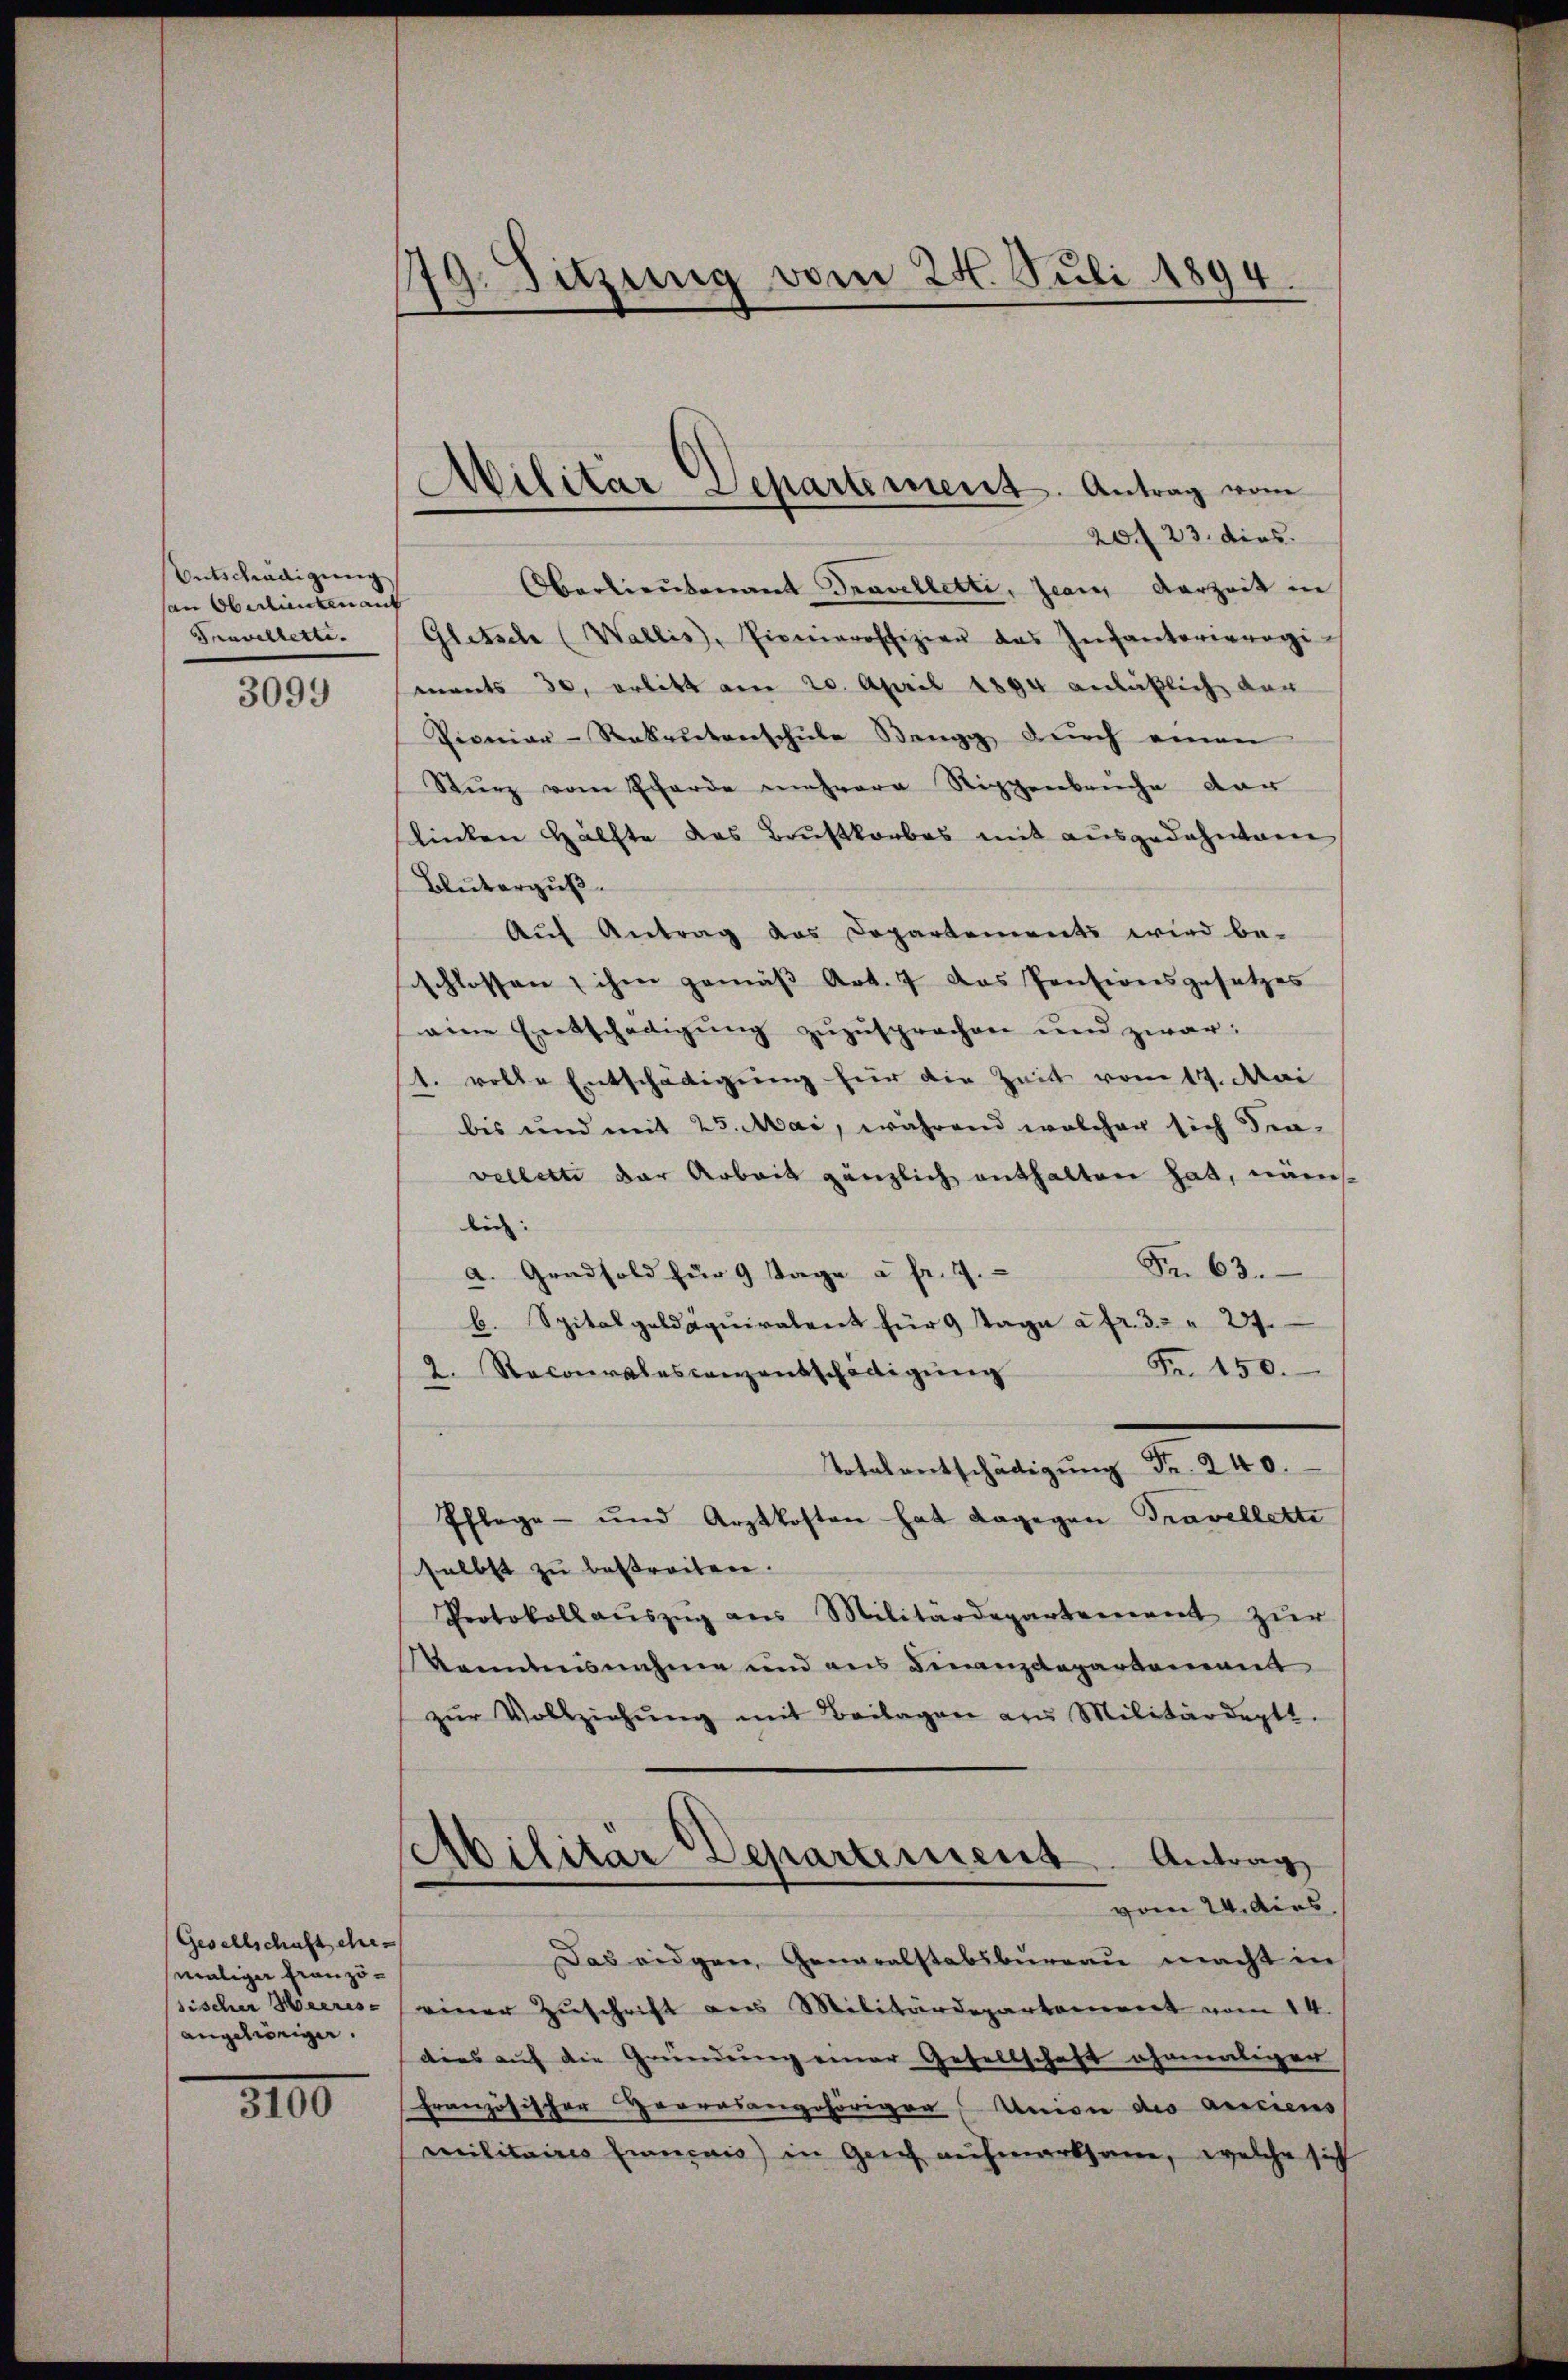
Entschädigung,
an Oberlautenant
Pravelletti.
3099

Gesellschaft eher
maliger Französischer Meeres-
angehiniger.

3100

179. Sitzung vom 24. Juli 1894.

Militar Separtement. Antrag vom
20 f 23. dies

Oberlieutenant Travelletti, Jean Verzeit in
Gletsche (Wallis, Pionieroffizier das Infanterienagi
ments 30. erlitt am 20. April 1894 anläßlich dar
Pioniar-Rabentenschŭle Bangg dŭrch einen
Sturz vom Scharde mehrere Sippenbruche der
linken Hälfte des Brustkorbas mit ausgedehnten
Bluterguß.
Auf Antrag das Departements wird be-
schlossen, ihm gemäß Art. 7 das Pensionsgesetzes
eine Entschädigung zuzusprochen und zwar:
1. volle Entschädigung für die Zeit vom 17. Mai
bis und mit 25. Mai, während welcher sich den-
velletti der Arbeit gänzlich enthalten hat, näm
lich:
Fr. 63.
a. Gradsold für 9 Tage à fr. 9.
b. Spitalgeldäqŭiratent für 9 Tage à fr. 3. " 2
Fr. 150.
2. Recoralescanzentschädigŭng
Totalentschädigŭng Fr. 240.
Pflege und Arztkosten hat dagegen Travellette
selbst zu bestreiten.
Protokollauszug aus Militärdepartement zur
Kenntnisnahme und ans Finanzdepartement
zŭr Vollziehŭng mit Beilagen aus Militärdeptt.
Abilitär Departement. Antrag
vom 24. dies
Das eidgen. Generalstabsbureau macht in
einer Zŭschrift aus Militärdepartement vom 14.
dies auf die Gründung einer Gesellschaft ehemaliger
französischer Herresangehöriger Union des anciens
militaires Eincais) in Geich aufmerksame, welche sich